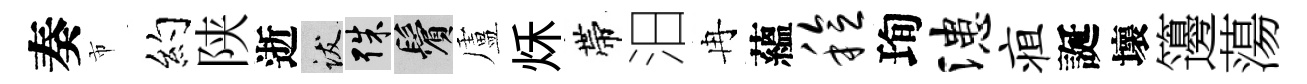
奏市约陕逝跋殊鬢盧秌帶汨冉蘊稔珣漶疽誕壞籩蕩